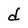
Character: d